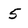
Character: 5